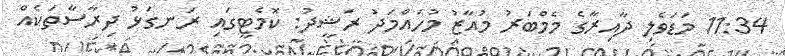
11:34 މަޑަވެލި ދާއިރާގެ މެމްބަރު މުއާޒު މުހައްމަދު ރަޝީދު: ކޮމެޓީގައި ރަނގަޅު ދިރާސާތަކެއް